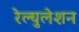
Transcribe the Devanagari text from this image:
रेल्युलेशन